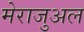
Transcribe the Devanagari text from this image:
मेराजुअल